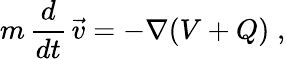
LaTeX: m\, {\frac{d}{dt}}\, {\vec{v}}=-\nabla(V+Q)\; ,